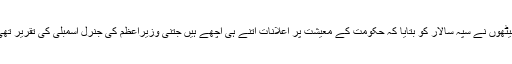
سیٹھوں نے سپہ سالار کو بتایا کہ حکومت کے معیشت پر اعلانات اتنے ہی اچھے ہیں جتنی وزیراعظم کی جنرل اسمبلی کی تقریر تھی۔